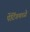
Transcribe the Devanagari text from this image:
पेंटिंगमध्ये